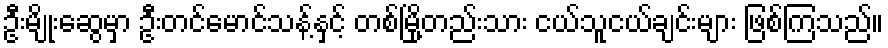
ဦးမျိုးဆွေမှာ ဦးတင်မောင်သန့်နှင့် တစ်မြို့တည်းသား ငယ်သူငယ်ချင်းများ ဖြစ်ကြသည်။